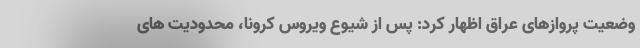
وضعیت پروازهای عراق اظهار کرد: پس از شیوع ویروس کرونا، محدودیت های